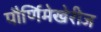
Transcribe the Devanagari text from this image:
पौर्णिमेखेरीज